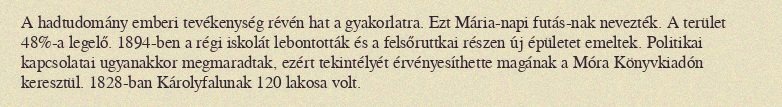
A hadtudomány emberi tevékenység révén hat a gyakorlatra. Ezt Mária-napi futás-nak nevezték. A terület 48%-a legelő. 1894-ben a régi iskolát lebontották és a felsőruttkai részen új épületet emeltek. Politikai kapcsolatai ugyanakkor megmaradtak, ezért tekintélyét érvényesíthette magának a Móra Könyvkiadón keresztül. 1828-ban Károlyfalunak 120 lakosa volt.